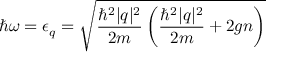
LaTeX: \hbar \omega = \epsilon _ { \boldsymbol { q } } = { \sqrt { { \frac { \hbar ^ { 2 } | { \boldsymbol { q } } | ^ { 2 } } { 2 m } } \left( { \frac { \hbar ^ { 2 } | { \boldsymbol { q } } | ^ { 2 } } { 2 m } } + 2 g n \right) } }